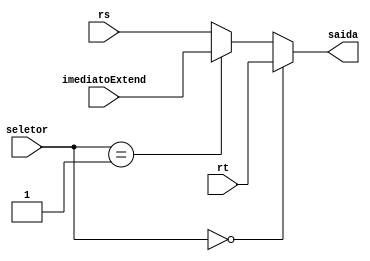
module MuxK_RegDeslocamento (
    input wire [1:0] seletor,
    input wire [31:0] rt,
    input wire [31:0] imediatoExtend,
    input wire [31:0] rs,
    output wire [31:0] saida
);
wire [31:0] w1;

assign w1 = (seletor == 1'b1) ? imediatoExtend : rs;
assign saida = (seletor == 1'b0) ? rt : w1;
    
endmodule